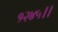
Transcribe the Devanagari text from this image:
१२४५।।